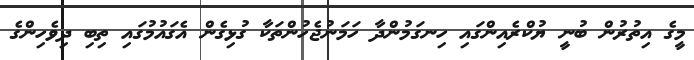
މީގެ އިތުރުން ބުނީ ޔުކްރެއިންގައި ހިނގަމުންދާ ހަމަނުޖެހުންތަކާ ގުޅިގެން އެގައުމުގައި ތިބި ދިވެހިންގެ